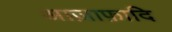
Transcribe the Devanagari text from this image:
आज़ाफ़ादि